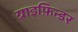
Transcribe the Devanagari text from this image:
ग्राइफ़िन्डर